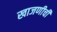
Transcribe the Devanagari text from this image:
खाजणीची